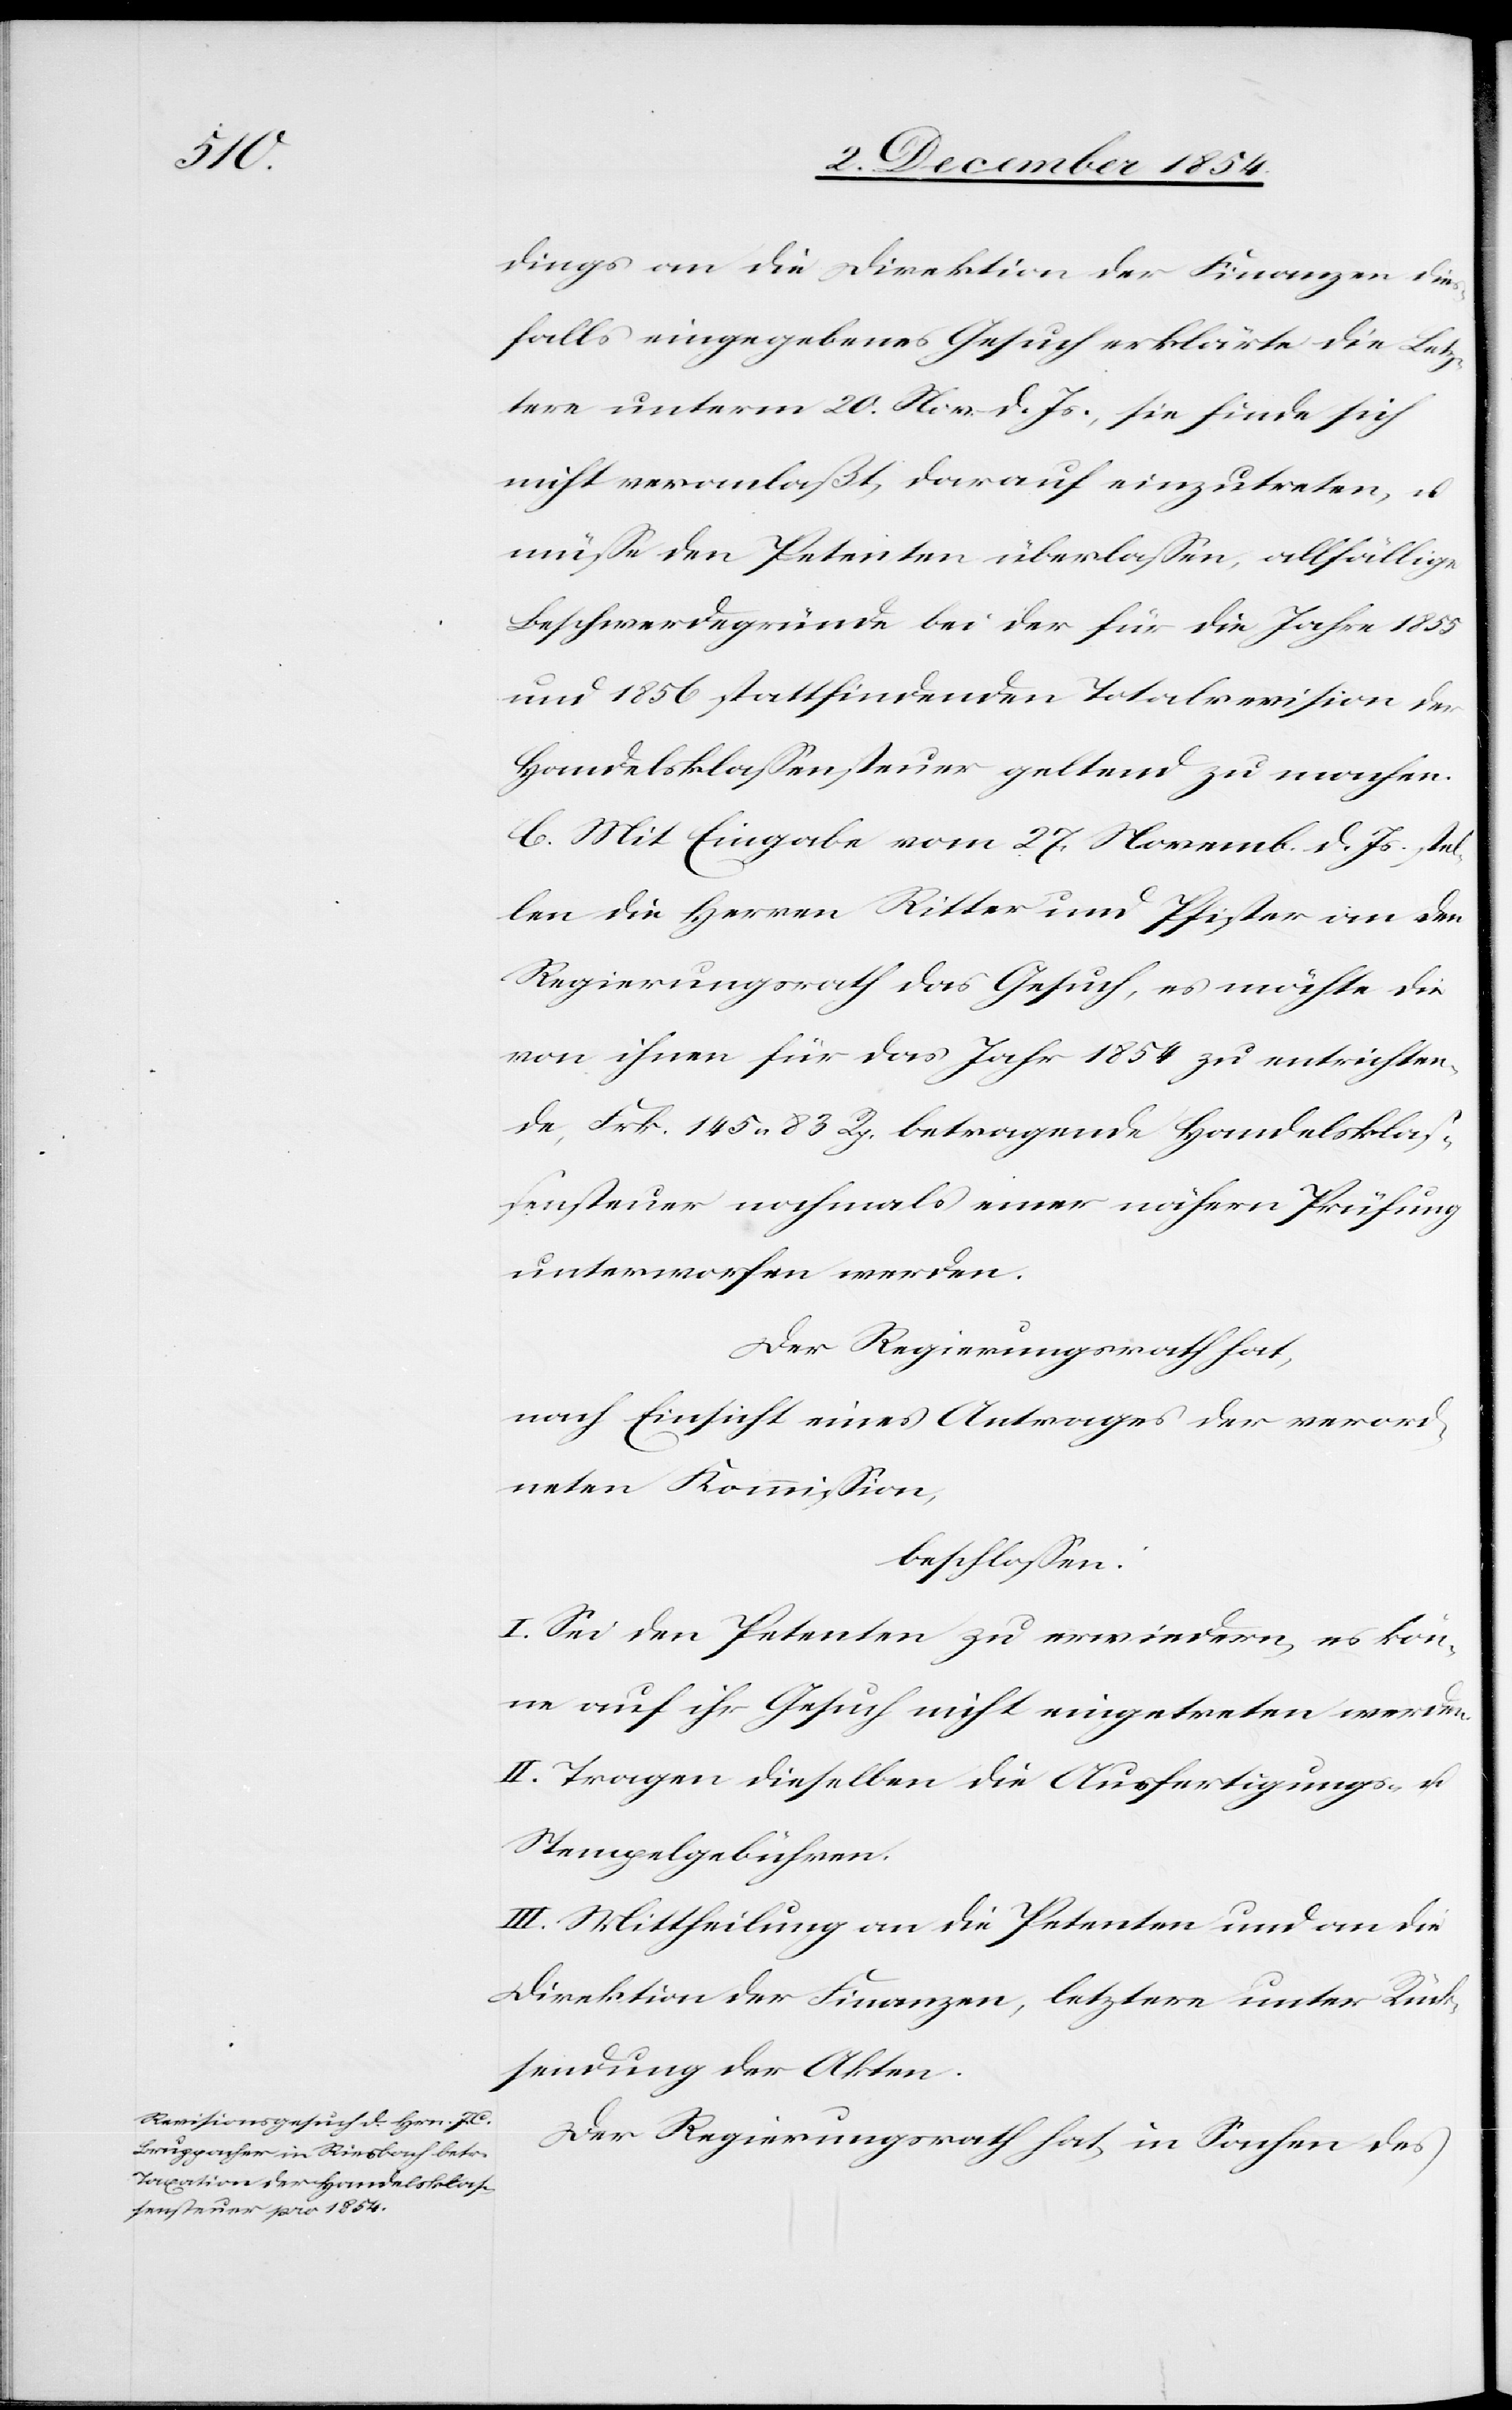
dings an die Direktion der Finanzen dies¬
falls eingegebenes Gesuch erklärte die Letz¬
ere unterm 20. Nov. d. Js., sie finde sich
nicht veranlaßt, darauf einzutreten, u.
müße den Petenten überlaßen, allfällige
Beschwerdegründe bei der für die Jahre 1855
und 1856 stattfindenden Totalrevision der
Handelsklaßensteuer geltend zu machen.
C. Mit Eingabe vom 27. Novemb. d. Js. stel¬
len die Herren Ritter und Pfister an den
Regierungsrath das Gesuch, es möchte die
von ihnen für das Jahr 1854 zu entrichten¬
de, Frk. 145. 83 Rp. betragende Handelsklaß¬
ensteuer nochmals einer nähern Prüfung
unterworfen werden.
Der Regierungsrath hat,
nach Einsicht eines Antrages der verord¬
neten Kommißion,
beschloßen:
I. Sei den Petenten zu erwiedern, es kön¬
ne auf ihr Gesuch nicht eingetreten werden.
II. Tragen dieselben die Ausfertigungs- u.
Stempelgebühren.
III. Mittheilung an die Petenten und an die
Direktion der Finanzen, letztern unter Rück¬
sendung der Akten.
Der Regierungsrath hat in Sachen des